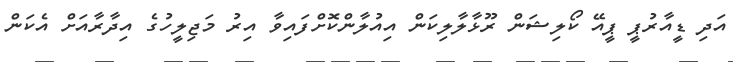
އަދި ޑީއާރުޕީ ޕީއޭ ކޯލިޝަން ރޫޅާލާލިކަން އިއުލާންކޮށްފައިވާ އިރު މަޖިލީހުގެ އިދާރާއަށް އެކަން